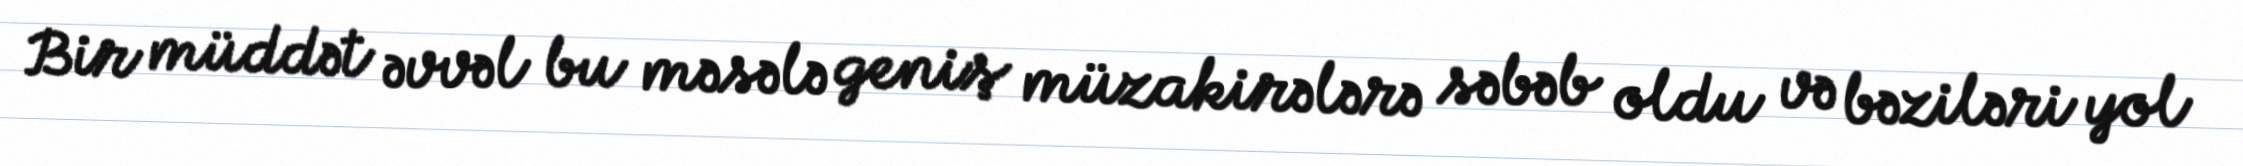
Bir müddət əvvəl bu məsələ geniş müzakirələrə səbəb oldu və bəziləri yol